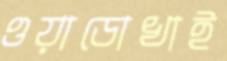
ওয়াডোখাই